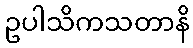
ဥပါသိကသတာနိ